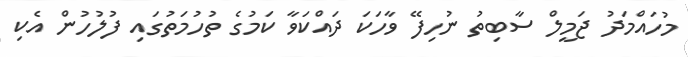
މުހައްމަދު ޖަމީލް ސާބިތު ނުހިފޭ ވާހަކަ ދައްކަވާ ކަމުގެ ތުހުމަތުގައި ފުލުހުން އެކި